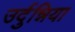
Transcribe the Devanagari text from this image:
उर्दुन्निया